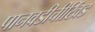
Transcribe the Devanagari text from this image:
पानवडीचीखिंड